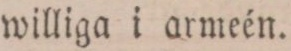
williga i armeén.